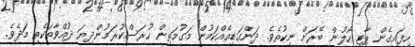
ހިފައިގެން ޕާޓީ ހޯލުން ބޭރަށް ނިކުތެވެ. ދަންގަޑިއެއްކަމުން މަގުމަތިން ހުރަސްކުރަމުންދިޔަ ދުއްވާތަކެތި މަދެވެ.